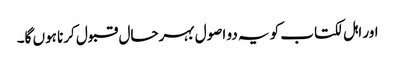
اور اہل لکتاب کو یہ دو اصول بہرحال قبول کرنا ہوں گا۔